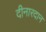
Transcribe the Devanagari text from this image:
दीनारदान